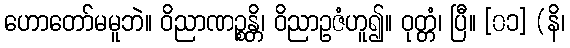
ဟောတော်မမူဘဲ။ ဝိညာဏဉ္စန္တိ၊ ဝိညာဥဇံဟူ၍။ ဝုတ္တံ၊ ပြီ။ [၀၁] (နိ၊